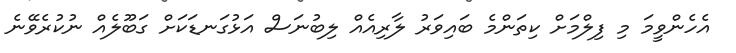
އެހެންވީމަ މި ފިލްމަށް ކިތަންމެ ބައިވަރު ލާރިއެއް ލިބުނަސް އަޅުގަނޑަކަށް ގަބޫލެއް ނުކުރެވޭނެ